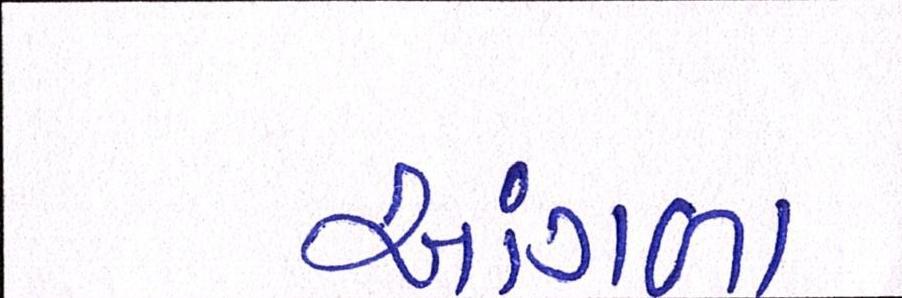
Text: આંગળા